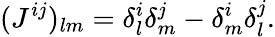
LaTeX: (J^{ij})_{lm}=\delta_{l}^{i}\delta_{m}^{j}-\delta_{m}^{i}\delta_{l}^{j}.